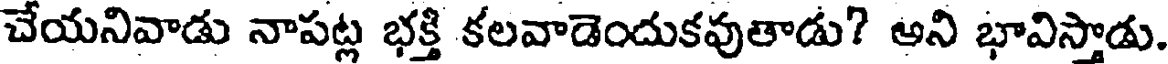
చేయనివాడు నాపట్ల భక్తి కలవాడెందుకవుతాడు? అని భావిస్తాడు.